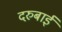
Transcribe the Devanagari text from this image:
दरुबाई